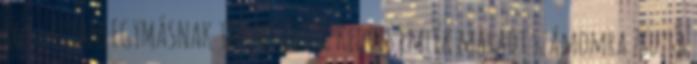
így láttam EGYMÁSNAK TEREMTŐDTEK Kedves emlék maradt számomra Zsuzsa